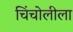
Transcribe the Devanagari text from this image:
चिंचोलीला